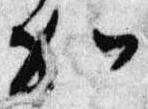
加